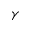
\gamma